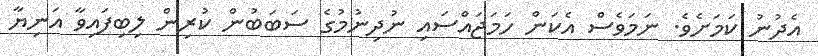
އެދުނު ކަމަށެވެ. ނަމަވެސް އެކަން ހަމަޖައްސައި ނުދިނުމުގެ ސަބަބުން ކުރިން ލިބިފައިވާ އަނިޔާ